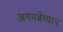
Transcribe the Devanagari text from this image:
अगनबेग्यान